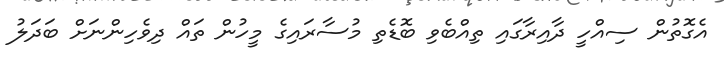
އެގޮތުން ސިއްހީ ދާއިރާގައި ތިއްބެވި ބޮޑެތި މުސާރައިގެ މީހުން ތައް ދިވެހިންނަށް ބަދަލު